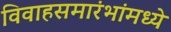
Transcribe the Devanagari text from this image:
विवाहसमारंभांमध्ये